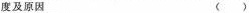
度及原因 ()